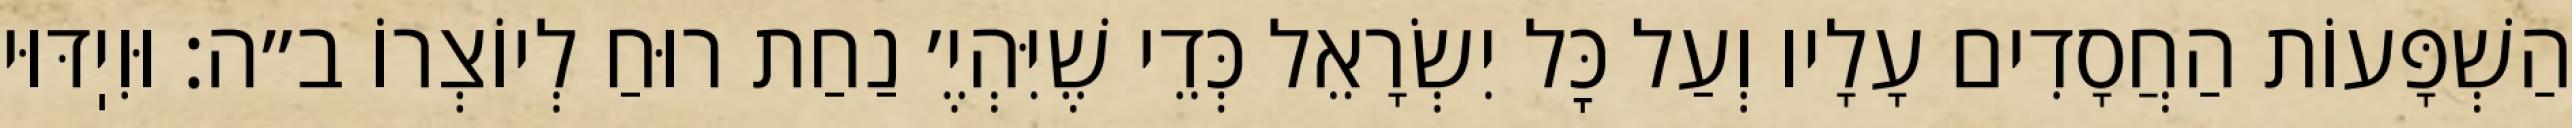
הַשְׁפָּעוֹת הַחֲסָדִים עָלָיו וְעַל כׇּל יִשְׂרָאֵל כְּדֵי שֶׁיִּהְיֶ׳ נַחַת רוּחַ לְיוֹצְרוֹ ב״ה: וּוִיֽדּוּי